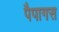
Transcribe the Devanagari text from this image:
पैपागस